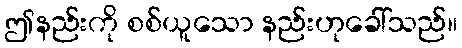
ဤနည်းကို စစ်ယူသော နည်းဟုခေါ်သည်။